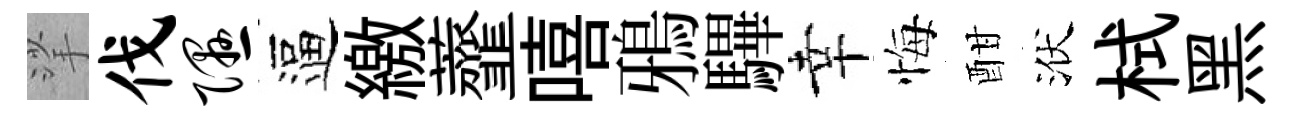
挲伐隰逼繳虀嘻鴉驆幸悔酣洑栻黑